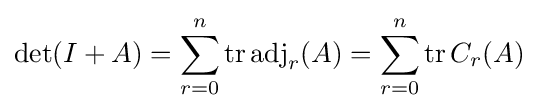
\det(I+A)=\sum _{r=0}^{n}\operatorname {tr} \operatorname {adj} _{r}(A)=\sum _{r=0}^{n}\operatorname {tr} C_{r}(A)